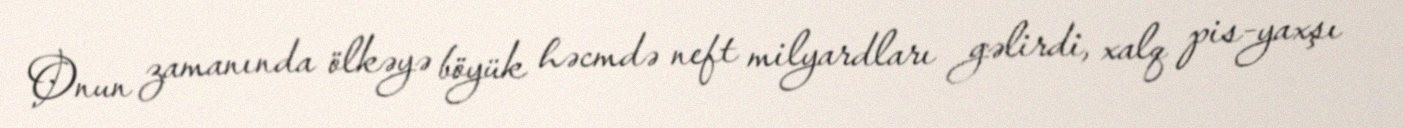
Onun zamanında ölkəyə böyük həcmdə neft milyardları gəlirdi, xalq pis-yaxşı